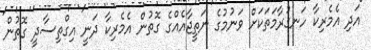
އަދި އެމެރިކާ ހަނގުރާމަތަކަށް ވަނުމުގެ ނަތީޖާއެއްގެ ގޮތުން އެމެރިކާ ދަނީ އިގްތިސާދީ ގޮތުން